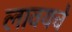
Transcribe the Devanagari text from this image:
लावयचे